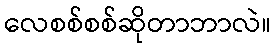
လေစစ်စစ်ဆိုတာဘာလဲ။